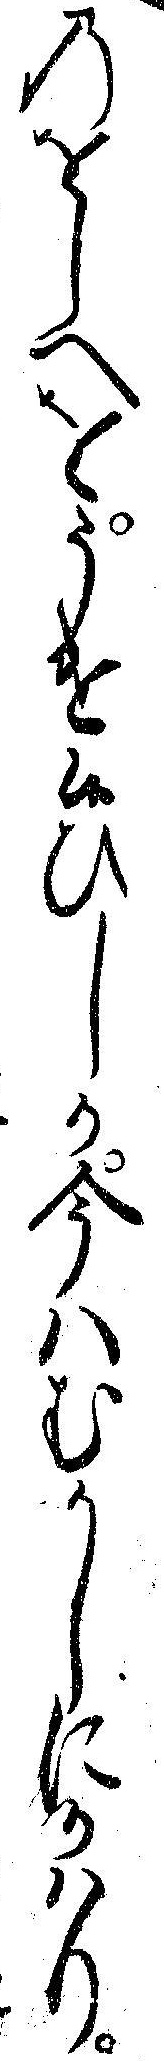
のをしへをうけ候ひしか今ハむかしにかハり